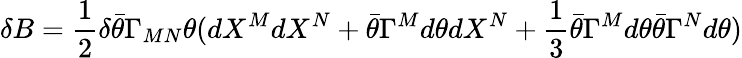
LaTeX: \delta B={\frac{1}{2}}\delta\bar{\theta}\Gamma_{MN}\theta(dX^{M}dX^{N}+\bar{\theta}\Gamma^{M}d\theta dX^{N}+{\frac{1}{3}}\bar{\theta}\Gamma^{M}d\theta\bar{\theta}\Gamma^{N}d\theta)